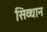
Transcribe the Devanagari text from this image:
सिव्थान